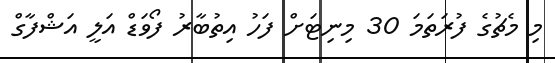
މި މެޗުގެ ފުރަތަމަ 30 މިނިޓަށް ފަހު އިތުބާރު ފޯވަޑް އަލީ އަޝްފާގް